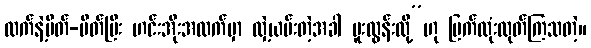
လက်နဲ့ပိတ်-ပိတ်ပြီး ဟင်းအိုးအထက်မှာ လှဲ့ယမ်းတဲ့အခါ မူးလွန်းလို့”ဟု ပြက်လုံးထုတ်ကြသတဲ့။